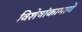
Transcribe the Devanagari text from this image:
विशेषांकामागे